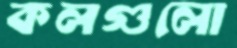
কলগুলো